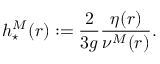
h _ { \star } ^ { M } ( r ) : = \displaystyle \frac { 2 } { 3 g } \frac { \eta ( r ) } { \nu ^ { M } ( r ) } .